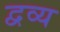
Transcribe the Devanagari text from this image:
द्वव्य